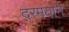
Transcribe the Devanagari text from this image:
दरमयाने